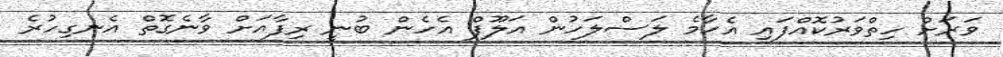
ވަރަށް ހިތްވަރުކޮއްފައި އެހާމެ ލަސްލަހުން އަލޫފް އެހެން ބުނީ ރިފާއަށް ވާނެގޮތް އެނގިހުރެ